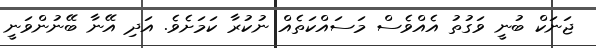
ޖަނަކް ބުނީ ވަގުތު އެއްވެސް މަސައްކަތެއް ނުކުރާ ކަމަށެވެ. އަދި އޭނާ ބޭނުންވަނީ